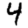
Digit: 4